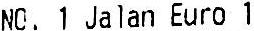
NO. 1 JALAN EURO 1